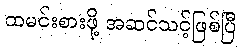
ထမင်းစားဖို့ အဆင်သင့်ဖြစ်ပြီ